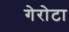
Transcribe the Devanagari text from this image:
गेरोटा